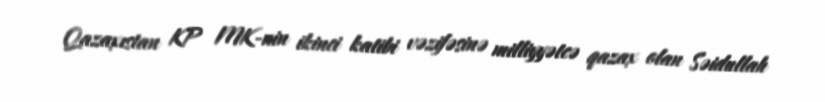
Qazaxıstan KP MK-nin ikinci katibi vəzifəsinə milliyyətcə qazax olan Səidullah